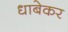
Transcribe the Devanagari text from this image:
धाबेकर